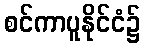
စင်ကာပူနိုင်ငံ၌